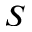
\boldsymbol { S }